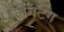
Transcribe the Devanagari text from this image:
लैंगटैंग